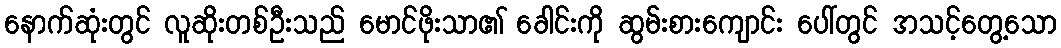
နောက်ဆုံးတွင် လူဆိုးတစ်ဦးသည် မောင်ဖိုးသာ၏ ခေါင်းကို ဆွမ်းစားကျောင်း ပေါ်တွင် အသင့်တွေ့သော